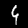
Digit: 4